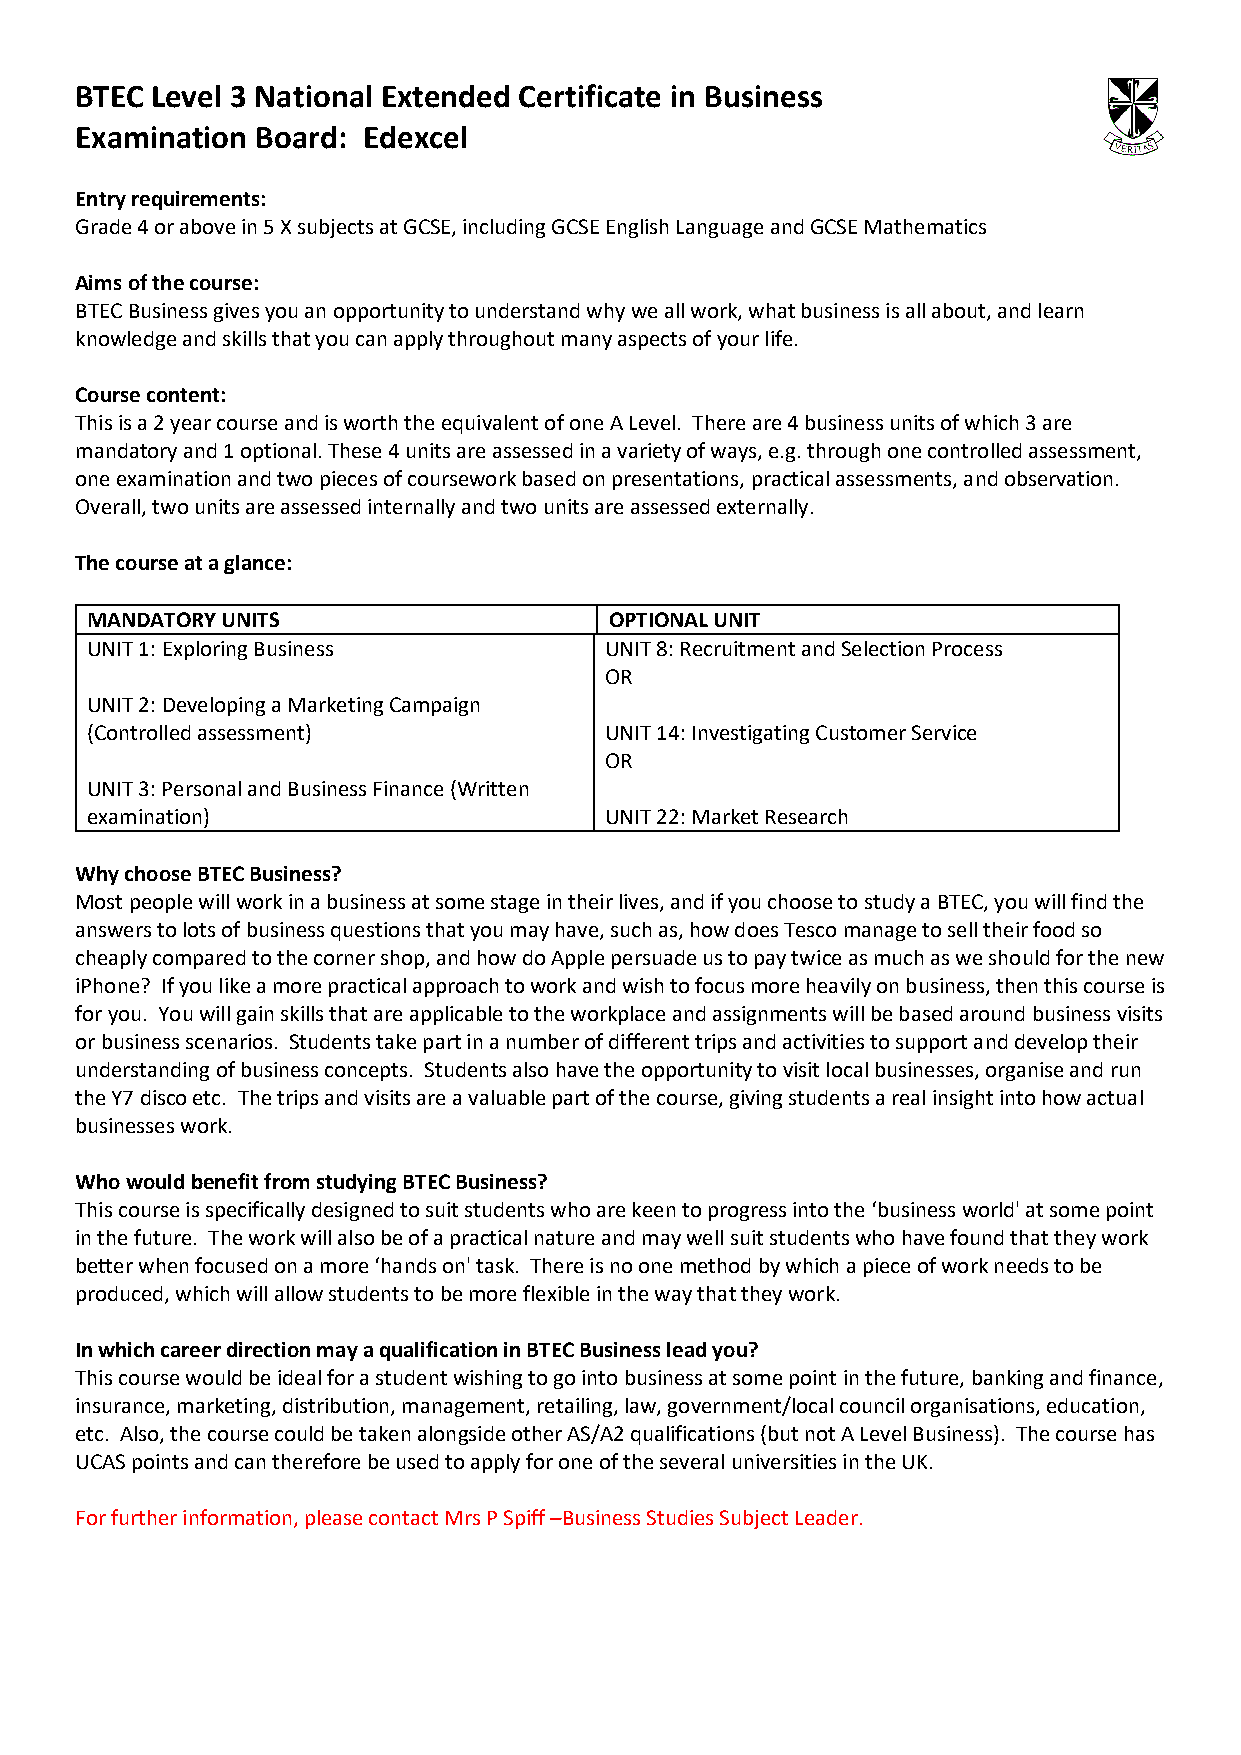
BTEC Level 3 National Extended Certificate in Business
 Examination Board: Edexcel
 Entry requirements:
 Grade 4 or above in 5 X subjects at GCSE, including GCSE English Language and GCSE Mathematics
 Aims of the course:
 BTEC Business gives you an opportunity to understand why we all work, what business is all about, and learn
 knowledge and skills that you can apply throughout many aspects of your life.
 Course content:
 This is a 2 year course and is worth the equivalent of one A Level. There are 4 business units of which 3 are
 mandatory and 1 optional. These 4 units are assessed in a variety of ways, e.g. through one controlled assessment,
 one examination and two pieces of coursework based on presentations, practical assessments, and observation.
 Overall, two units are assessed internally and two units are assessed externally.
 The course at a glance:
 MANDATORY UNITS                   OPTIONAL UNIT
 UNIT 1: Exploring Business        UNIT 8: Recruitment and Selection Process
 OR
 UNIT 2: Developing a Marketing Campaign
 (Controlled assessment)           UNIT 14: Investigating Customer Service
 OR
 UNIT 3: Personal and Business Finance (Written
 examination)                      UNIT 22: Market Research
 Why choose BTEC Business?
 Most people will work in a business at some stage in their lives, and if you choose to study a BTEC, you will find the
 answers to lots of business questions that you may have, such as, how does Tesco manage to sell their food so
 cheaply compared to the corner shop, and how do Apple persuade us to pay twice as much as we should for the new
 iPhone? If you like a more practical approach to work and wish to focus more heavily on business, then this course is
 for you. You will gain skills that are applicable to the workplace and assignments will be based around business visits
 or business scenarios. Students take part in a number of different trips and activities to support and develop their
 understanding of business concepts. Students also have the opportunity to visit local businesses, organise and run
 the Y7 disco etc. The trips and visits are a valuable part of the course, giving students a real insight into how actual
 businesses work.
 Who would benefit from studying BTEC Business?
 This course is specifically designed to suit students who are keen to progress into the ‘business world' at some point
 in the future. The work will also be of a practical nature and may well suit students who have found that they work
 better when focused on a more ‘hands on' task. There is no one method by which a piece of work needs to be
 produced, which will allow students to be more flexible in the way that they work.
 In which career direction may a qualification in BTEC Business lead you?
 This course would be ideal for a student wishing to go into business at some point in the future, banking and finance,
 insurance, marketing, distribution, management, retailing, law, government/local council organisations, education,
 etc. Also, the course could be taken alongside other AS/A2 qualifications (but not A Level Business). The course has
 UCAS points and can therefore be used to apply for one of the several universities in the UK.
 For further information, please contact Mrs P Spiff –Business Studies Subject Leader.